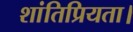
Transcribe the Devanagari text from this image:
शांतिप्रियता।